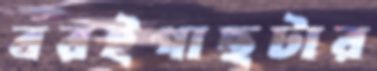
বরইগাছটার